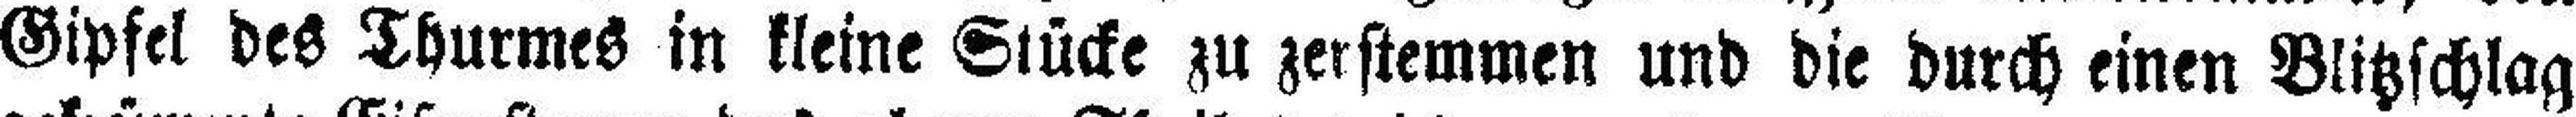
Gipfel des Thurmes in kleine Stücke zu zerstemmen und die durch einen Blitzschlag